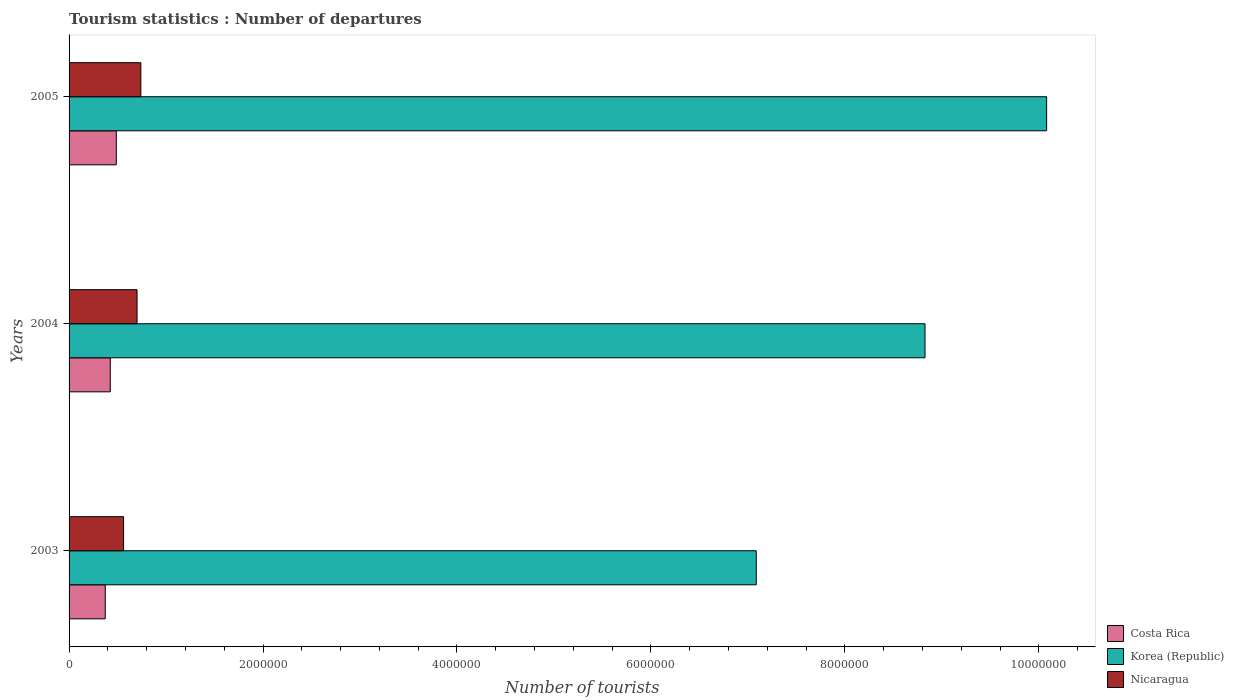
| Years | Costa Rica | Korea (Republic) | Nicaragua |
 | --- | --- | --- | --- |
 | 2003 | 3.73e+05 | 7.09e+06 | 5.62e+05 |
 | 2004 | 4.25e+05 | 8.83e+06 | 7.01e+05 |
 | 2005 | 4.87e+05 | 1.01e+07 | 7.4e+05 |